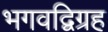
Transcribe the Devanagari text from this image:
भगवद्विग्रह